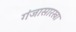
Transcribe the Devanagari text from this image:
गंजासारखा